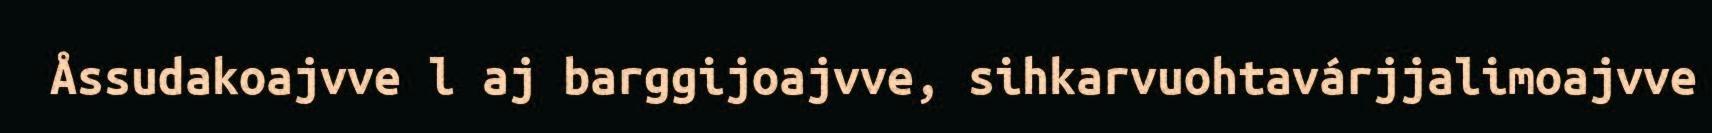
Åssudakoajvve l aj barggijoajvve, sihkarvuohtavárjjalimoajvve